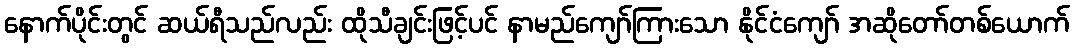
နောက်ပိုင်းတွင် ဆယ်ရီသည်လည်း ထိုသီချင်းဖြင့်ပင် နာမည်ကျော်ကြားသော နိုင်ငံကျော် အဆိုတော်တစ်ယောက်